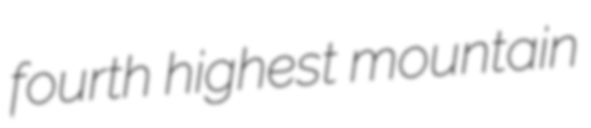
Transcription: fourth highest mountain